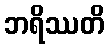
ဘရိဿတိ